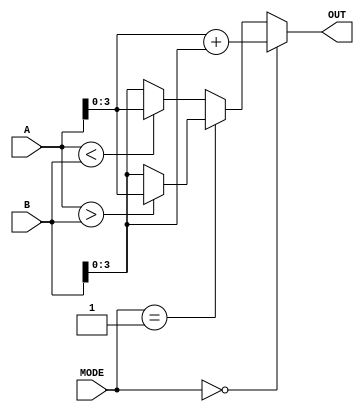
`define DWIDTH 16
`define LOGDWIDTH 4
`define AWIDTH 5
`define MEM_SIZE 2048
`define NUM_INPUTS 128
`define VCS

module processing_element(
  A, B, OUT, MODE
);
parameter IN_DWIDTH = 16;
parameter OUT_DWIDTH = 4;
input [IN_DWIDTH-1:0] A;
input [IN_DWIDTH-1:0] B;
output [OUT_DWIDTH-1:0] OUT;
input [1:0] MODE;

wire [OUT_DWIDTH-1:0] greater;
wire [OUT_DWIDTH-1:0] smaller;
wire [OUT_DWIDTH-1:0] sum;

assign greater = (A>B) ? A : B;
assign smaller = (A<B) ? A : B;
assign sum = A + B;

assign OUT = (MODE==0) ? sum : 
             (MODE==1) ? greater :
             smaller;

endmodule